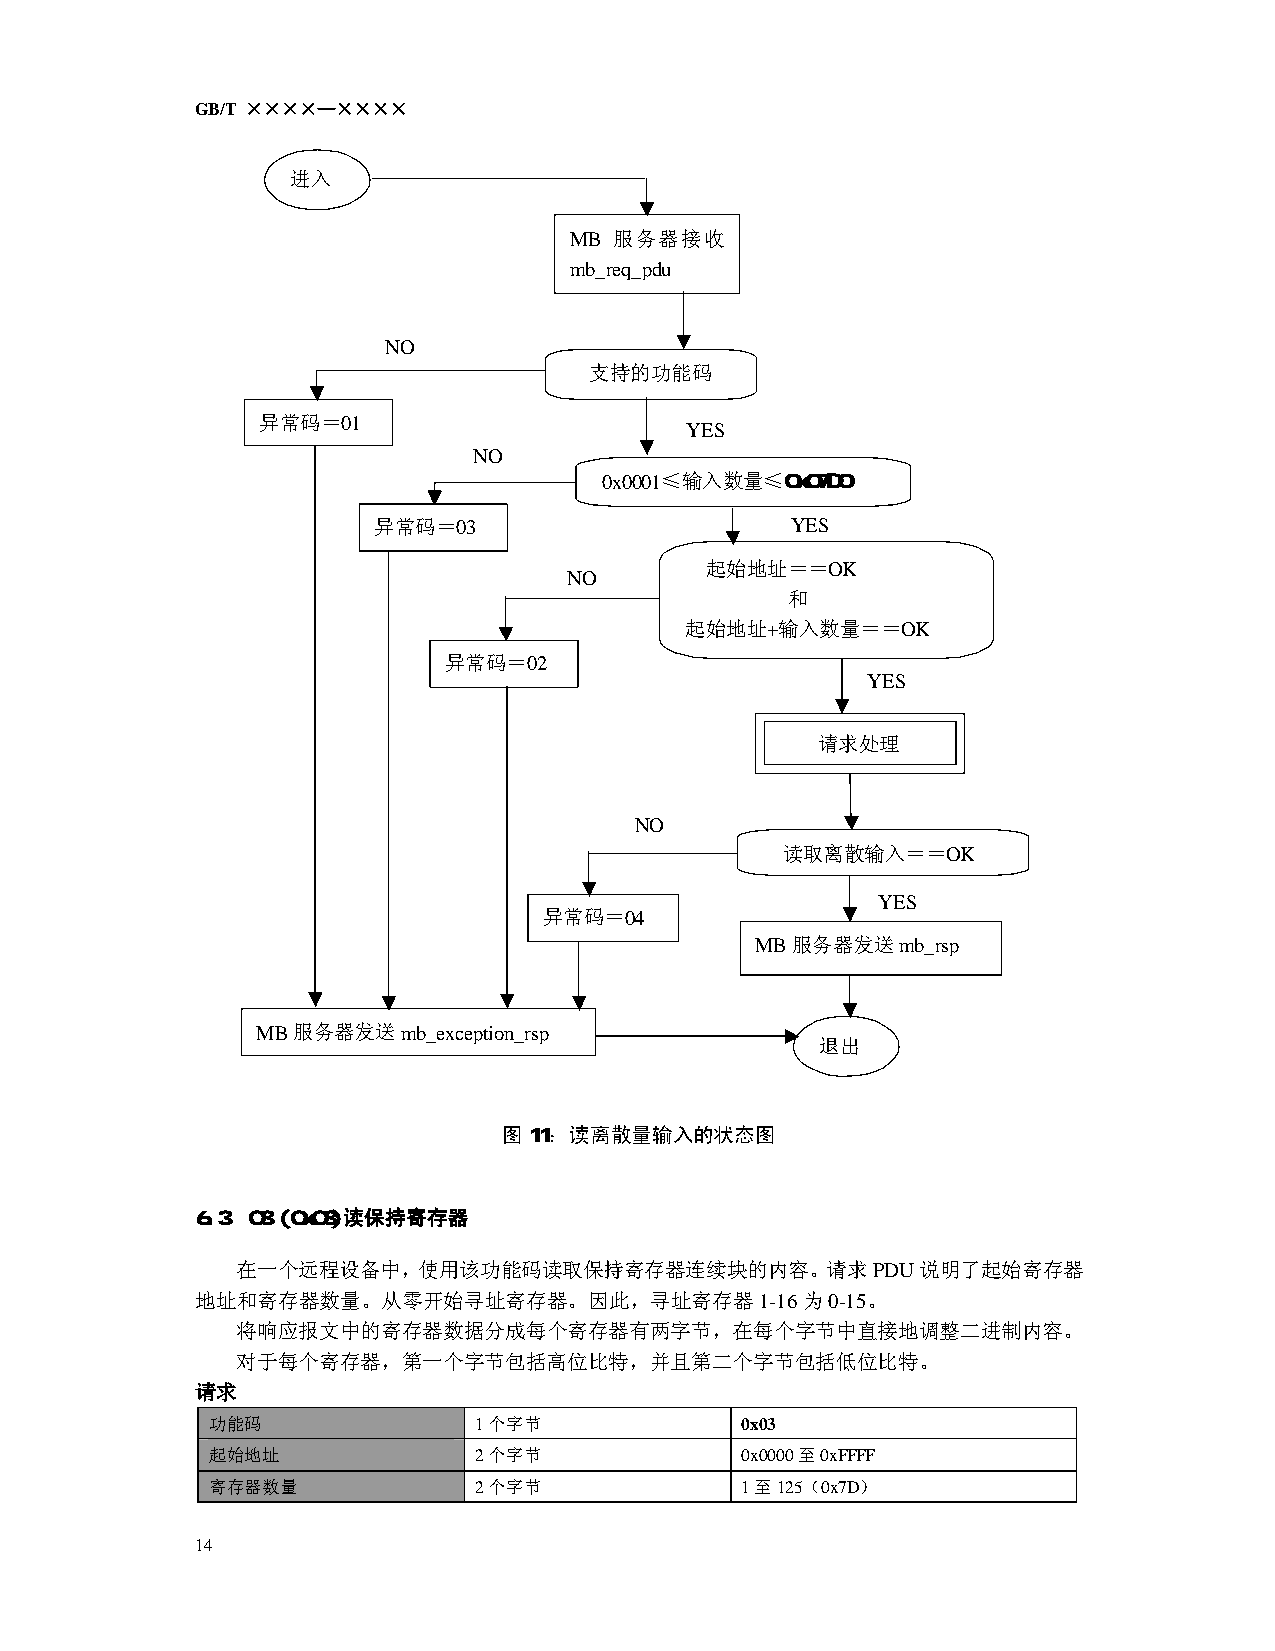
GB/T ××××—××××
 进入
 MB 服务器接收
 mb_req_pdu
 NO
 支持的功能码
 异常码＝01
 YES
 NO
 0x0001≤输入数量≤0x07D0
 异常码＝03                     YES
 起始地址＝＝OK
 NO
 和
 起始地址+输入数量＝＝OK
 异常码＝02
 YES
 请求处理
 NO
 读取离散输入＝＝OK
 YES
 异常码＝04
 MB服务器发送mb_rsp
 MB服务器发送mb_exception_rsp
 退出
 图11：读离散量输入的状态图
 6.3 03 (0x03)读保持寄存器
 在一个远程设备中，使用该功能码读取保持寄存器连续块的内容。请求PDU说明了起始寄存器
 地址和寄存器数量。从零开始寻址寄存器。因此，寻址寄存器1-16为0-15。
 将响应报文中的寄存器数据分成每个寄存器有两字节，在每个字节中直接地调整二进制内容。
 对于每个寄存器，第一个字节包括高位比特，并且第二个字节包括低位比特。
 请求
 功能码              1个字节              0x03
 起始地址             2个字节              0x0000至0xFFFF
 寄存器数量            2个字节              1至125（0x7D）
 14